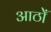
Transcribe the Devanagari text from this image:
आठोँ